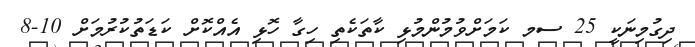
ދިގުމިނަކީ 25 ސމ ކަމަށްވުމުންމުޅި ކާތަކެތި ހިގާ ހޮޅި އެއްކޮށް ކަޑަތުކުރުމަށް 10-8